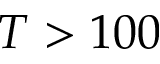
T > 1 0 0